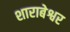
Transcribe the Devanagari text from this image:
शाराबेश्वर